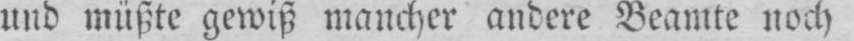
und müßte gewiß mancher andere Beamte noch